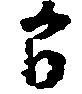
間